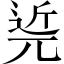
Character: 𨓢